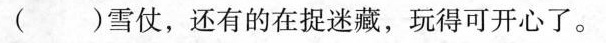
()雪仗，还有的在捉迷藏，玩得可开心了。